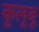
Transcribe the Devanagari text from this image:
कुलूबू